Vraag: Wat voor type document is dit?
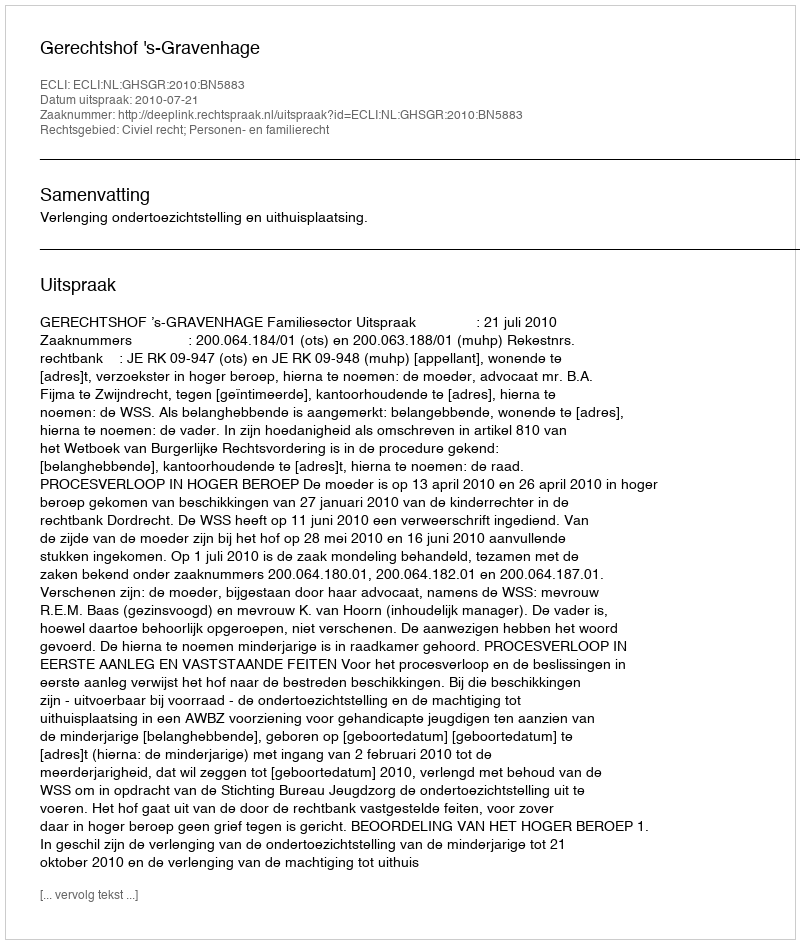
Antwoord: Uitspraak